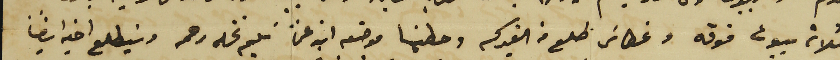
وثلاث بيوت فوقه وغطاسَ طلع من الفبركه وحطينا موضعه ابن عمنا سَليم نخله رحمه وسَيطلع اخيه ايضًا